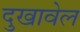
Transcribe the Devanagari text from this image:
दुखावेल